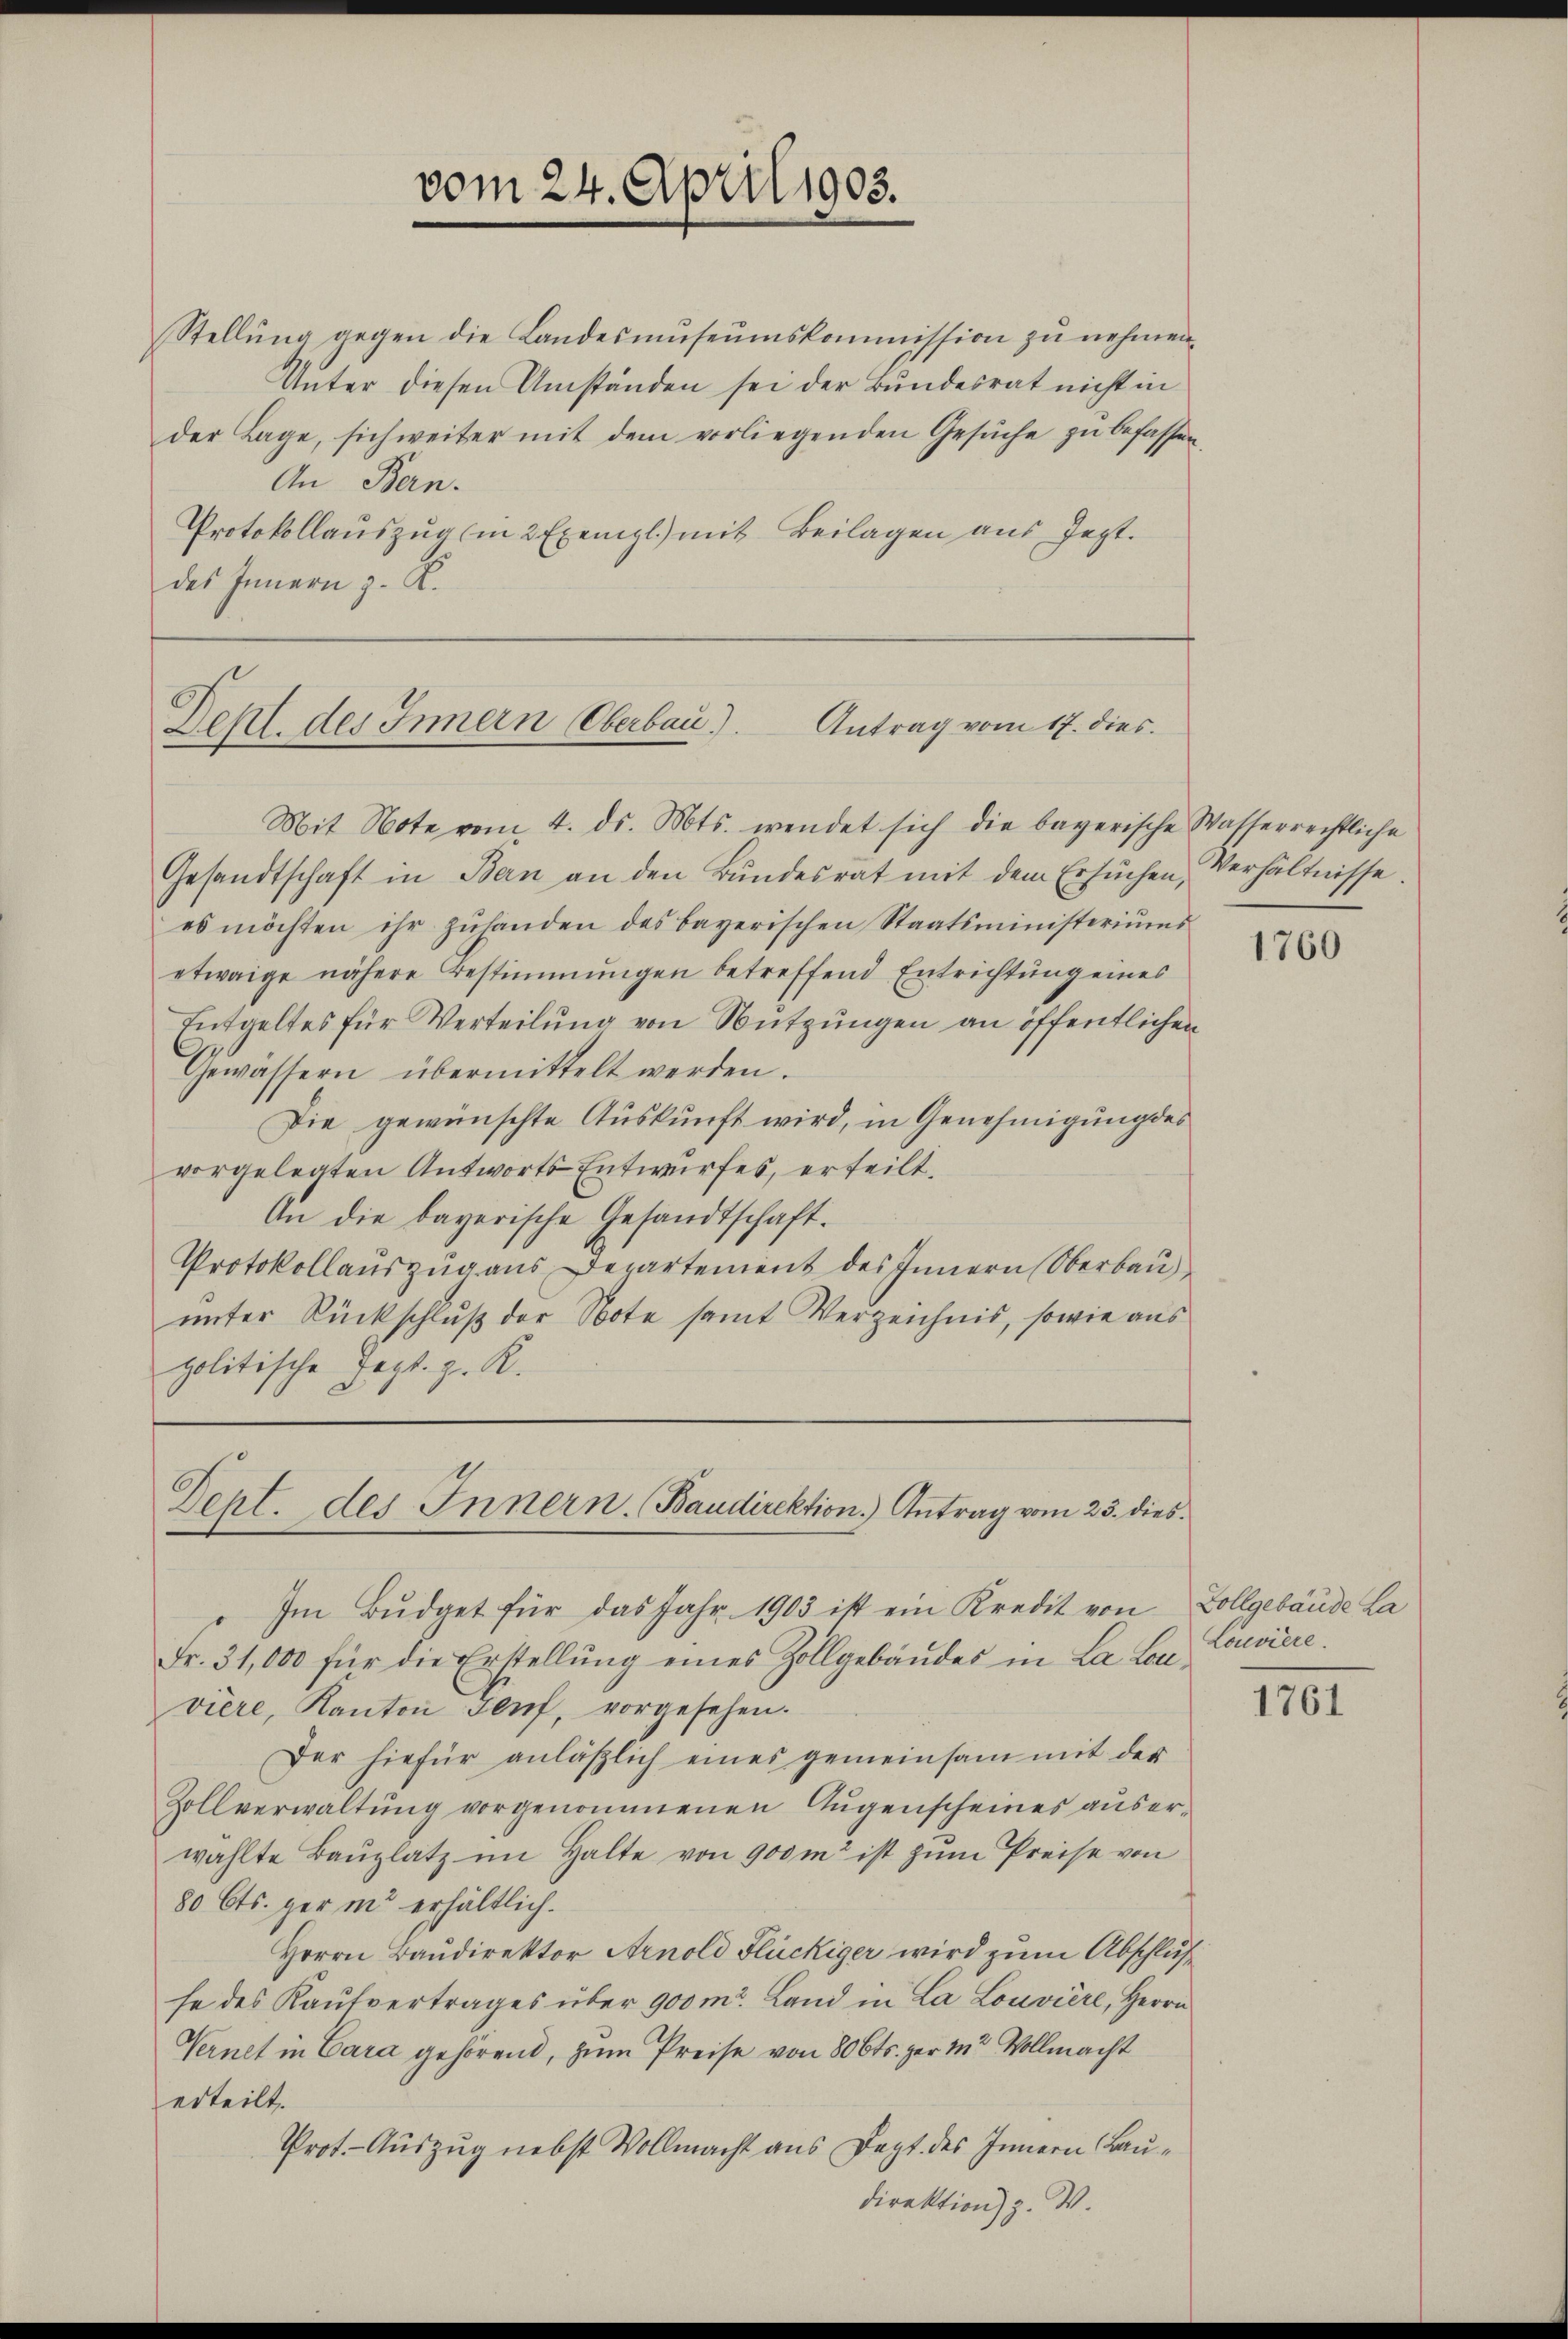
vom 24. April 1903.

Stellung gegen die Landesmuseumskommission zu nehmen,
Unter diesen Umständen sei der Bundesrat nicht in
der Lage, sich weiter mit dem vorliegenden Gesŭche zŭ befassen,
An Bern.
Protokollauszug (in 2 Exempl.) mit Beilagen aus Jegt.
des Innern z. B.

Antrag vom 17. dies
Depl. des Innern Oberbau).

Mit Note vom 4. ds. Mts. wendet sich die bayerische Wasserrechtliche
Gesandtschaft in Bern an den Bŭndesrat mit dem Ersuchen Verhältnisse.
es möchten ihr zŭhanden des bayerischen Staatsministeriŭms
etwaige nähere Bestimmungen betreffend Entrichtung eines
Entgeltes für Verteilung von Nutzungen an öffentlichen
Gewässern übermittelt werden.
Die gewünschte Auskunft wird, in Genehmigung des
vorgelegten Antworts Entwurfes, erteilt.
An die bayerische Gesandtschaft.
Protokollauszug aus Departement des Innern Oberbau
unter Rückschluß der Note samt Verzeichnis, sowie aus
politische Jegl. z. K.

Dept. des Innern. Baudirektion) Antrag vom 23. dies

Im Bŭdget für das Jahr 1903 ist ein Kredit von Zollgebäude La
Fr. 31,000 für die Erstellŭng eines Zollgebäudes in La Lavière, Kanton Genf, vorgesehen.
Der hiefür anläβlich eines gemeinsam mit der
Zollverwaltung vorgenommenen Augenscheines auserwählte Baŭplatz im Halte von 900m ist zŭm Preise von
80 Cts. ger in erhältlich.
Herrn Baudirektor Arnold Flückiger wird zum Abschluß
se des Kaufvertrages über 900 m. Land in La Louvière, Herrn
Vernet in Cara gehörend, zum Preise von 80 Cts. zer in Vollmacht
erteilt.
Prot. - Auszug nebst Vollmacht aus Dept des Innern Baudirektion) Z. W.

1760

Louviere.

1761